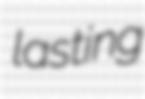
lasting